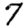
Digit: 7